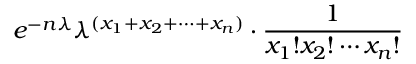
e ^ { - n \lambda } \lambda ^ { ( x _ { 1 } + x _ { 2 } + \cdots + x _ { n } ) } \cdot { \frac { 1 } { x _ { 1 } ! x _ { 2 } ! \cdots x _ { n } ! } }